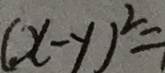
( x - y ) ^ { 2 } =